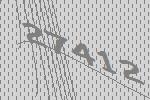
27412